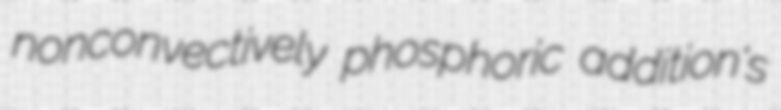
nonconvectively phosphoric addition's